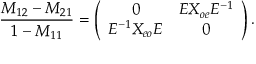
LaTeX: { \frac { M _ { 1 2 } - M _ { 2 1 } } { 1 - M _ { 1 1 } } } = \left( \begin{array} { c c } { { 0 } } & { { E X _ { o e } E ^ { - 1 } } } \\ { { E ^ { - 1 } X _ { e o } E } } & { { 0 } } \end{array} \right) .